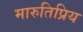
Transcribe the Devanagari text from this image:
मारुतिप्रिय